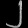
Digit: ၂